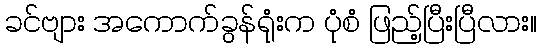
ခင်ဗျား အကောက်ခွန်ရုံးက ပုံစံ ဖြည့်ပြီးပြီလား။